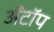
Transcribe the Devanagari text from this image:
अँटॉप